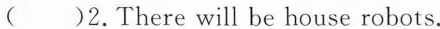
( )2.There will be house robots.